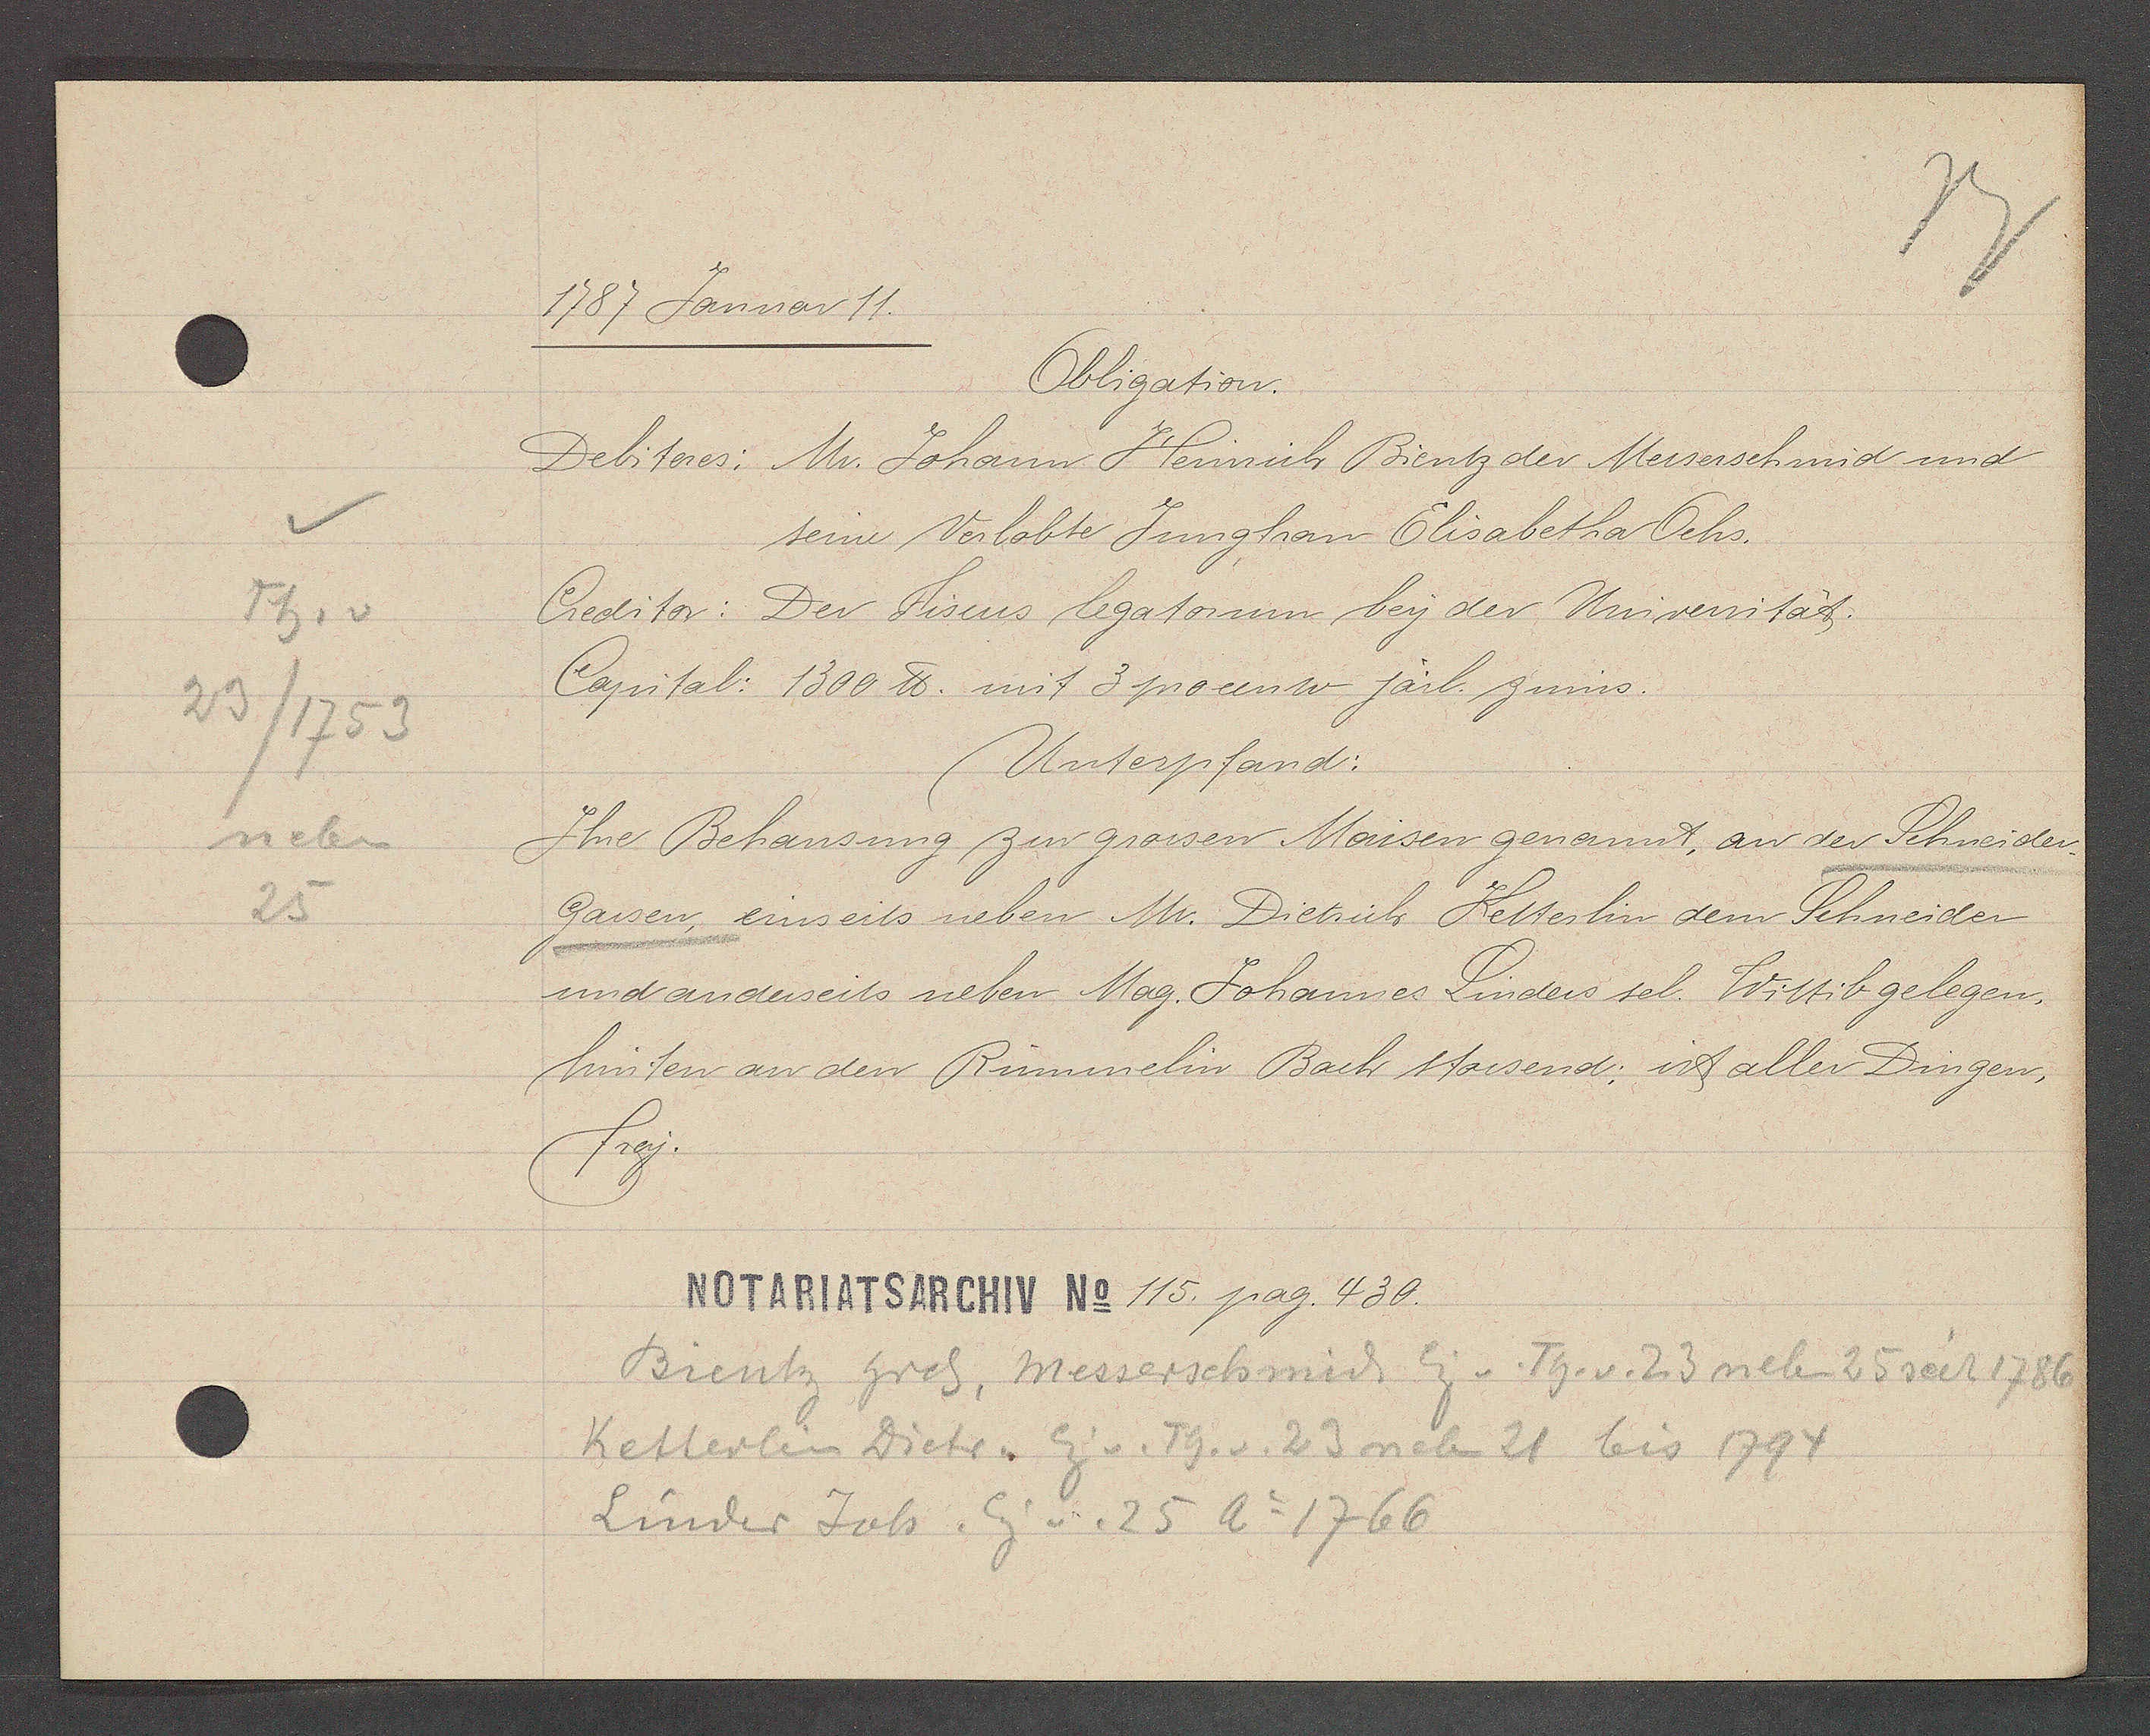
Transcript:
Th. v
23/1753
neben
25

1787 Januar 11.

Obligation.
Debitores: Mr. Johann Heinrich Bientz der Messerschmid und
seine Verbobte Jungfrau Elisabetha Ochs.
Creditor: Der Fiscus legatorum bey der Universität.
Capital: 1300 ℔. mit 3 procento järl. zinns.
Unterpfand:
Ihre Behausung zur grossen Maisen genannt, an der Schneider¬
gassen, einseits neben Mr. Dietrich Ketterlin dem Schneider
und anderseits neben Mag. Johannes Linders sel. Wittib gelegen,
hinten an den Rimmelin Bach stossend; ist aller Dingen,
frey.

NOTARIATSARCHIV No 115. pag. 430.

Bientz hrch, Messerschmid Eig v. Th. v. 23 neben 25 seit 1786
Ketterlin Dietr. Eig v. Th. v. 23 neben 21 bis 1794
Linder Joh. Eig v. 25 Ao 1766